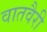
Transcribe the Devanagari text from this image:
वातवैरी